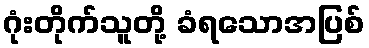
ဂုံးတိုက်သူတို့ ခံရသောအပြစ်